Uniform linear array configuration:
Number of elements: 48
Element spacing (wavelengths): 1
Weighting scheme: hann
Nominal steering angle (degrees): -45
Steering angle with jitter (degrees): -46.508
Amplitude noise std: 0.05
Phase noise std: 0.05

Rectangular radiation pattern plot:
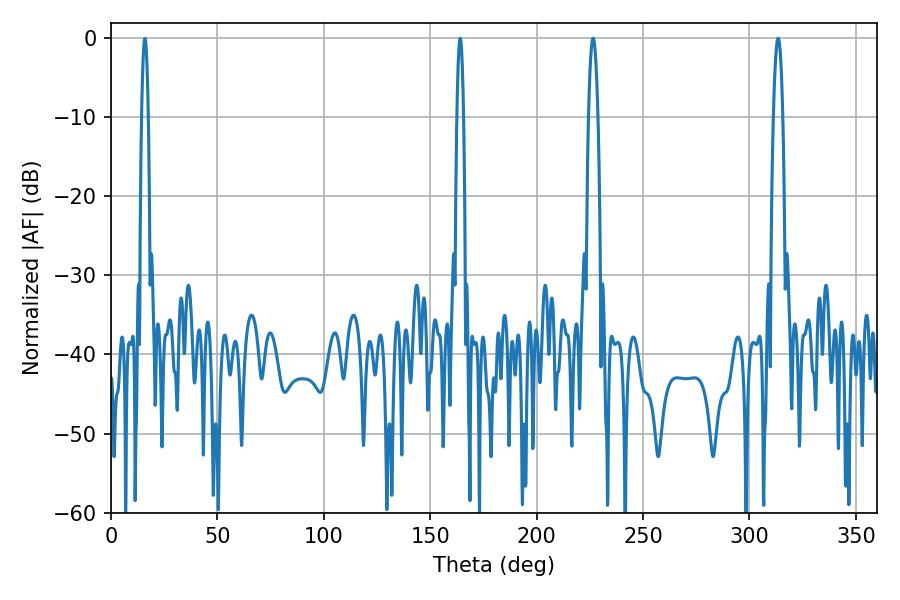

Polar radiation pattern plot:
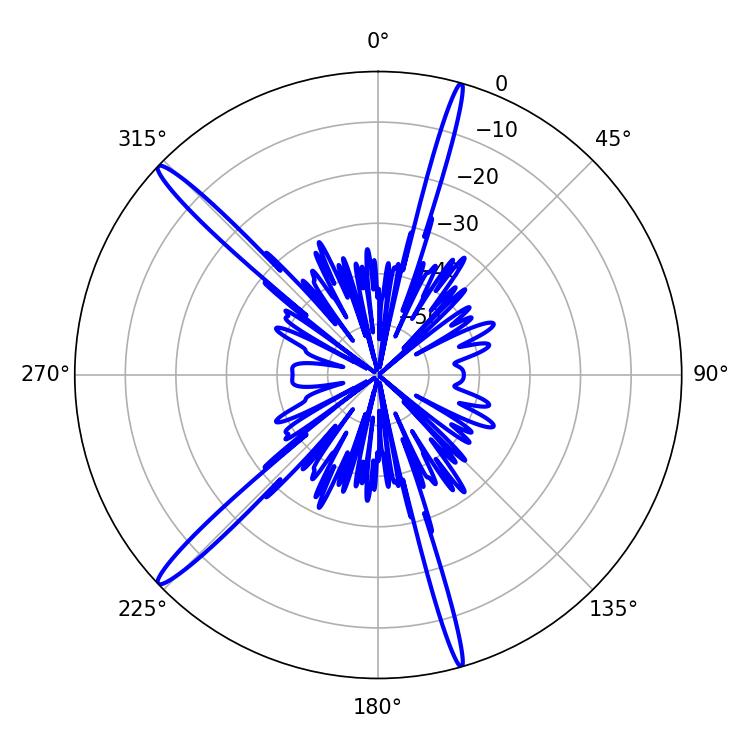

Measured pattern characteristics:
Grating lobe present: TRUE
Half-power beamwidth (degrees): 2.34
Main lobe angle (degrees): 226.44